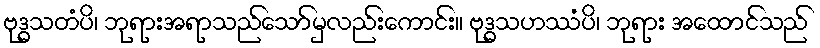
ဗုဒ္ဓသတံပိ၊ ဘုရားအရာသည်သော်မှလည်းကောင်း။ ဗုဒ္ဓသဟဿံပိ၊ ဘုရား အထောင်သည်